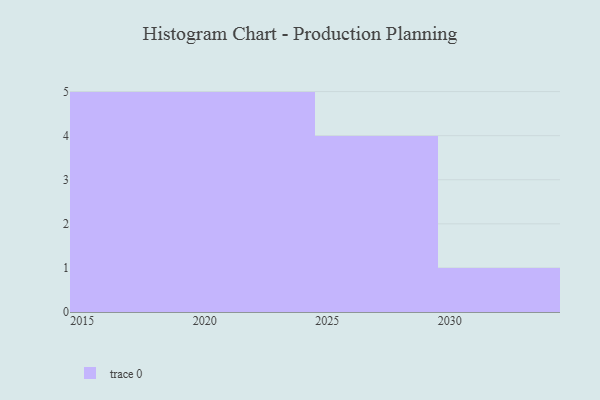
{"axis": {"x": "Year", "y": "Conversion Rate (%)"}, "legend": [""], "data": [{"x": "2022", "y": 42, "type": ""}, {"x": "2023", "y": 65, "type": ""}, {"x": "2016", "y": 95, "type": ""}, {"x": "2026", "y": 68, "type": ""}, {"x": "2029", "y": 69, "type": ""}, {"x": "2015", "y": 42, "type": ""}, {"x": "2028", "y": 49, "type": ""}, {"x": "2020", "y": 65, "type": ""}, {"x": "2024", "y": 6, "type": ""}, {"x": "2018", "y": 72, "type": ""}, {"x": "2021", "y": 100, "type": ""}, {"x": "2030", "y": 71, "type": ""}, {"x": "2025", "y": 6, "type": ""}, {"x": "2017", "y": 6, "type": ""}, {"x": "2019", "y": 41, "type": ""}]}